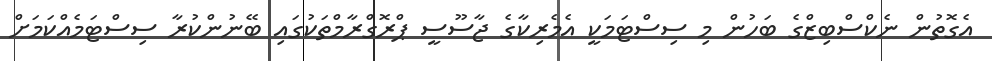
އެގޮތުން ނެކްސްބިޒްގެ ބަހުން މި ސިސްޓަމަކީ އެމެރިކާގެ ޖާސޫސީ ޕްރޮގްރާމްތަކުގައި ބޭނުންކުރާ ސިސްޓަމެއްކަމަށް